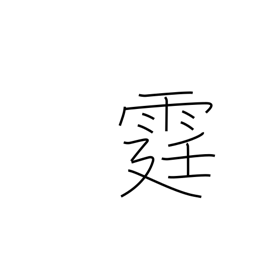
Meaning: lightning